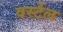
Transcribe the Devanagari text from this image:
वर्स्टेल